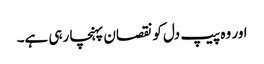
اور وہ پیپ دل کو نقصان پہنچا رہی ہے۔